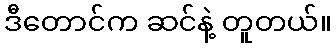
ဒီတောင်က ဆင်နဲ့ တူတယ်။